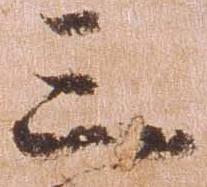
三